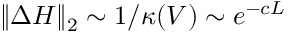
\begin{array} { r } { \| \Delta H \| _ { 2 } \sim 1 / \kappa ( V ) \sim e ^ { - c L } } \end{array}